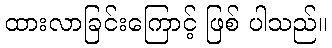
ထားလာခြင်းကြောင့် ဖြစ် ပါသည်။